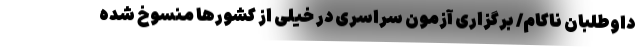
داوطلبان ناکام/ برگزاری آزمون سراسری در خیلی از کشورها منسوخ شده